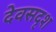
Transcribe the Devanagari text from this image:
देवसदृश